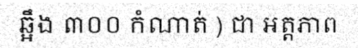
ឆ្អឹង ៣០០ កំណាត់ ) ជា អត្តភាព